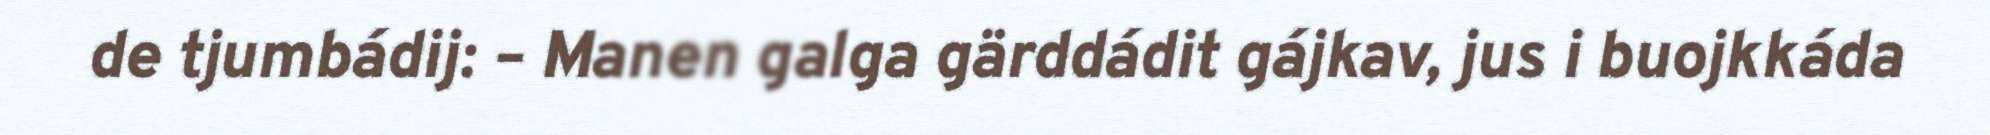
de tjumbádij: – Manen galga gärddádit gájkav, jus i buojkkáda